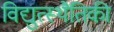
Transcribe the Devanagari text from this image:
विद्युत्स्थैतिकी